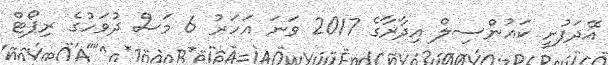
އޭދަފުށީ ކައުންސިލް އިދާރާގެ 2017 ވަނަ އަހަރު 6 މަސް ދުވަހުގެ ރިޕޯޓް